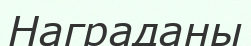
Награданы